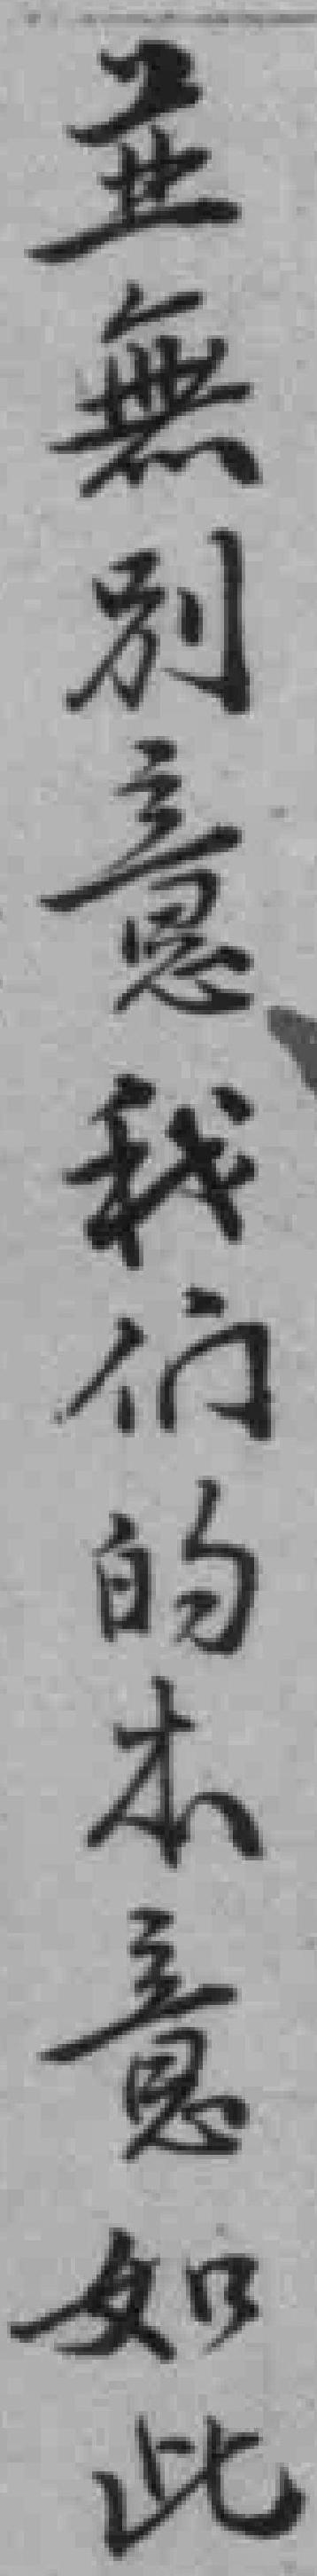
並無別意我们的本意如此